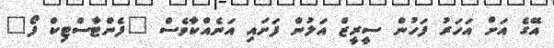
އޭގެ އަށް އަހަރު ފަހުން ސީރީޒް އަލުން ފަށައި އަނެއްކާވެސް "ފެންޓާސްޓިކް ފޯ"